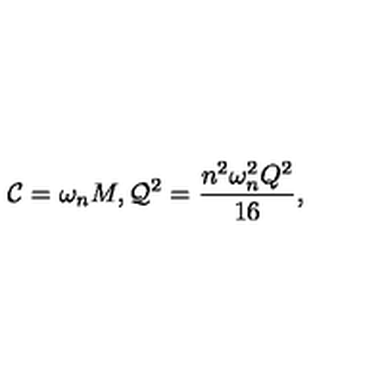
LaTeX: { \cal C } = \omega _ { n } M , { \cal Q } ^ { 2 } = \frac { n ^ { 2 } \omega _ { n } ^ { 2 } Q ^ { 2 } } { 1 6 } ,